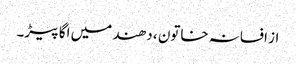
از افسانہ خاتون ، دھند میں اگا پیڑ۔